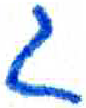
אות: ג